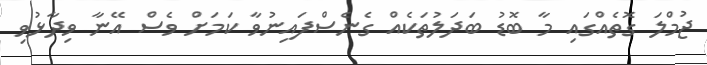
ޖުމްލަ ގޮތެއްގައި މާ ބޮޑު ބަދަލުތަކެއް ގެނެސްފައިނުވާ ކަމަށް ވެސް އޭނާ ވިދާޅުވި